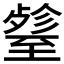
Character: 𦥋